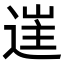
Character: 𨓹